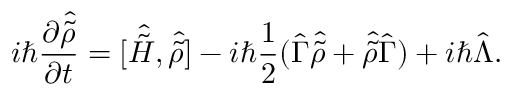
i \hbar \frac { \partial \hat { \Tilde { \rho } } } { \partial t } = [ \hat { \Tilde { H } } , \hat { \Tilde { \rho } } ] - i \hbar \frac { 1 } { 2 } ( \hat { \Gamma } \hat { \Tilde { \rho } } + \hat { \Tilde { \rho } } \hat { \Gamma } ) + i \hbar \hat { \Lambda } .